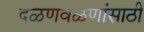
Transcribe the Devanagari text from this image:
दळणवळणांसाठी